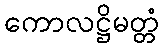
ကောလဋ္ဌိမတ္တံ